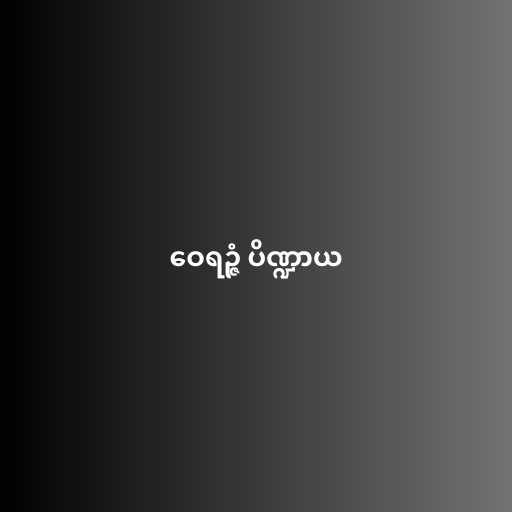
ဝေရဉ္ဇံ ပိဏ္ဍာယ